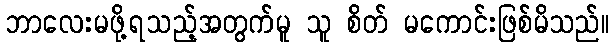
ဘာလေးမဖို့ရသည့်အတွက်မူ သူ စိတ် မကောင်းဖြစ်မိသည်။